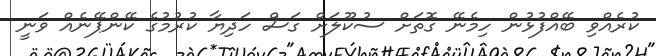
ކުރެއްވި ބޭއްފުޅުން ހިމެނޭ ގޮތަށް ސުކޫލަށް ގަސް ހަދިޔާ ކުރުމުގެ ކޭންޕޭނެއް ވަނީ